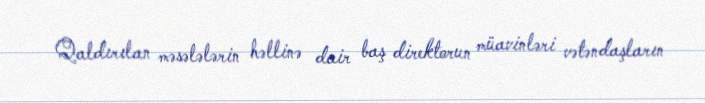
Qaldırılan məsələlərin həllinə dair baş direktorun müavinləri vətəndaşların